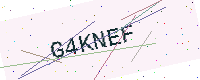
Text: G4KNEF